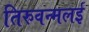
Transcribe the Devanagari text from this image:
तिरुवन्मलई